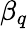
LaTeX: \beta_{q}